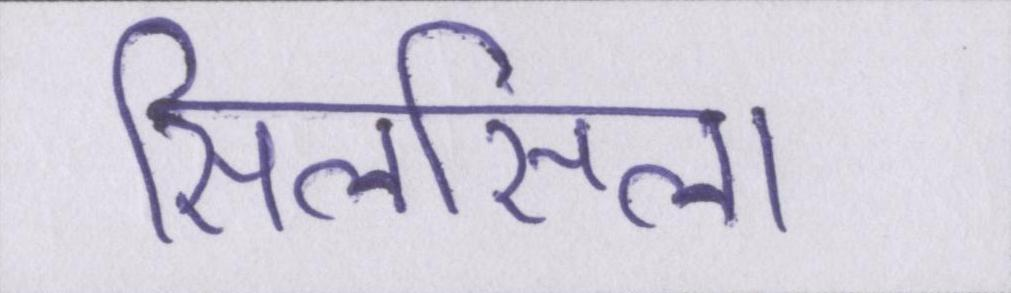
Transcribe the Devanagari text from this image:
सिलसिला